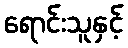
ရောင်းသူနှင့်